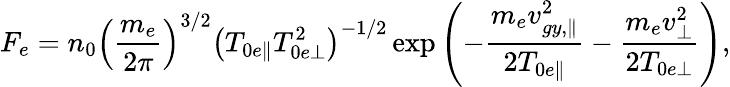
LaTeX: F_{e}=n_{0}\left(\frac{m_{e}}{2\pi}\right)^{3/2}\left(T_{0e\parallel}T_{0e\perp}^{2}\right)^{-1/2}\exp\left(-\frac{m_{e}v_{gy,\parallel}^{2}}{2T_{0e\parallel}}-\frac{m_{e}v_{\perp}^{2}}{2T_{0e\perp}}\right),